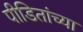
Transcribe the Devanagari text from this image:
पीडितांच्या